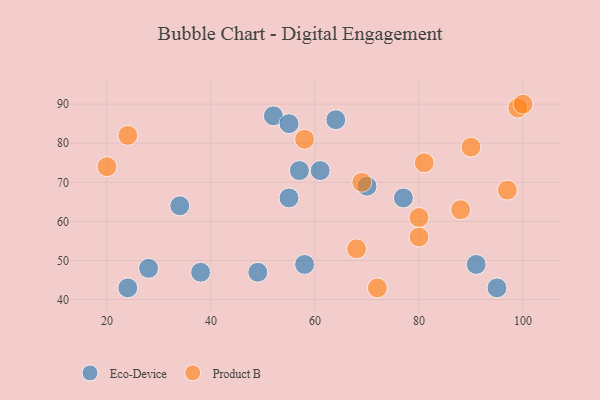
{"axis": {"x": "GDP", "y": "Life Expectancy"}, "legend": ["Eco-Device", "Product B"], "data": [{"x": "58", "y": 49, "type": "Eco-Device"}, {"x": "57", "y": 73, "type": "Eco-Device"}, {"x": "64", "y": 86, "type": "Eco-Device"}, {"x": "70", "y": 69, "type": "Eco-Device"}, {"x": "61", "y": 73, "type": "Eco-Device"}, {"x": "38", "y": 47, "type": "Eco-Device"}, {"x": "95", "y": 43, "type": "Eco-Device"}, {"x": "49", "y": 47, "type": "Eco-Device"}, {"x": "77", "y": 66, "type": "Eco-Device"}, {"x": "52", "y": 87, "type": "Eco-Device"}, {"x": "34", "y": 64, "type": "Eco-Device"}, {"x": "24", "y": 43, "type": "Eco-Device"}, {"x": "55", "y": 66, "type": "Eco-Device"}, {"x": "28", "y": 48, "type": "Eco-Device"}, {"x": "91", "y": 49, "type": "Eco-Device"}, {"x": "55", "y": 85, "type": "Eco-Device"}, {"x": "69", "y": 70, "type": "Product B"}, {"x": "81", "y": 75, "type": "Product B"}, {"x": "99", "y": 89, "type": "Product B"}, {"x": "80", "y": 61, "type": "Product B"}, {"x": "68", "y": 53, "type": "Product B"}, {"x": "80", "y": 56, "type": "Product B"}, {"x": "24", "y": 82, "type": "Product B"}, {"x": "20", "y": 74, "type": "Product B"}, {"x": "88", "y": 63, "type": "Product B"}, {"x": "97", "y": 68, "type": "Product B"}, {"x": "100", "y": 90, "type": "Product B"}, {"x": "72", "y": 43, "type": "Product B"}, {"x": "58", "y": 81, "type": "Product B"}, {"x": "90", "y": 79, "type": "Product B"}]}